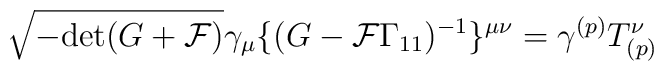
\sqrt{-{\rm det} (G+{\cal F})} \gamma_\mu \{(G - {\cal F}\Gamma_{11})^{-1}\}^{\mu\nu} = \gamma^{(p)} T_{(p)}^\nu